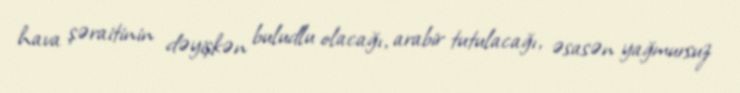
hava şəraitinin dəyişkən buludlu olacağı, arabir tutulacağı, əsasən yağmursuz